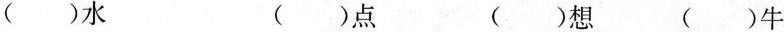
( )水 ( )点 ( )想 ( )牛